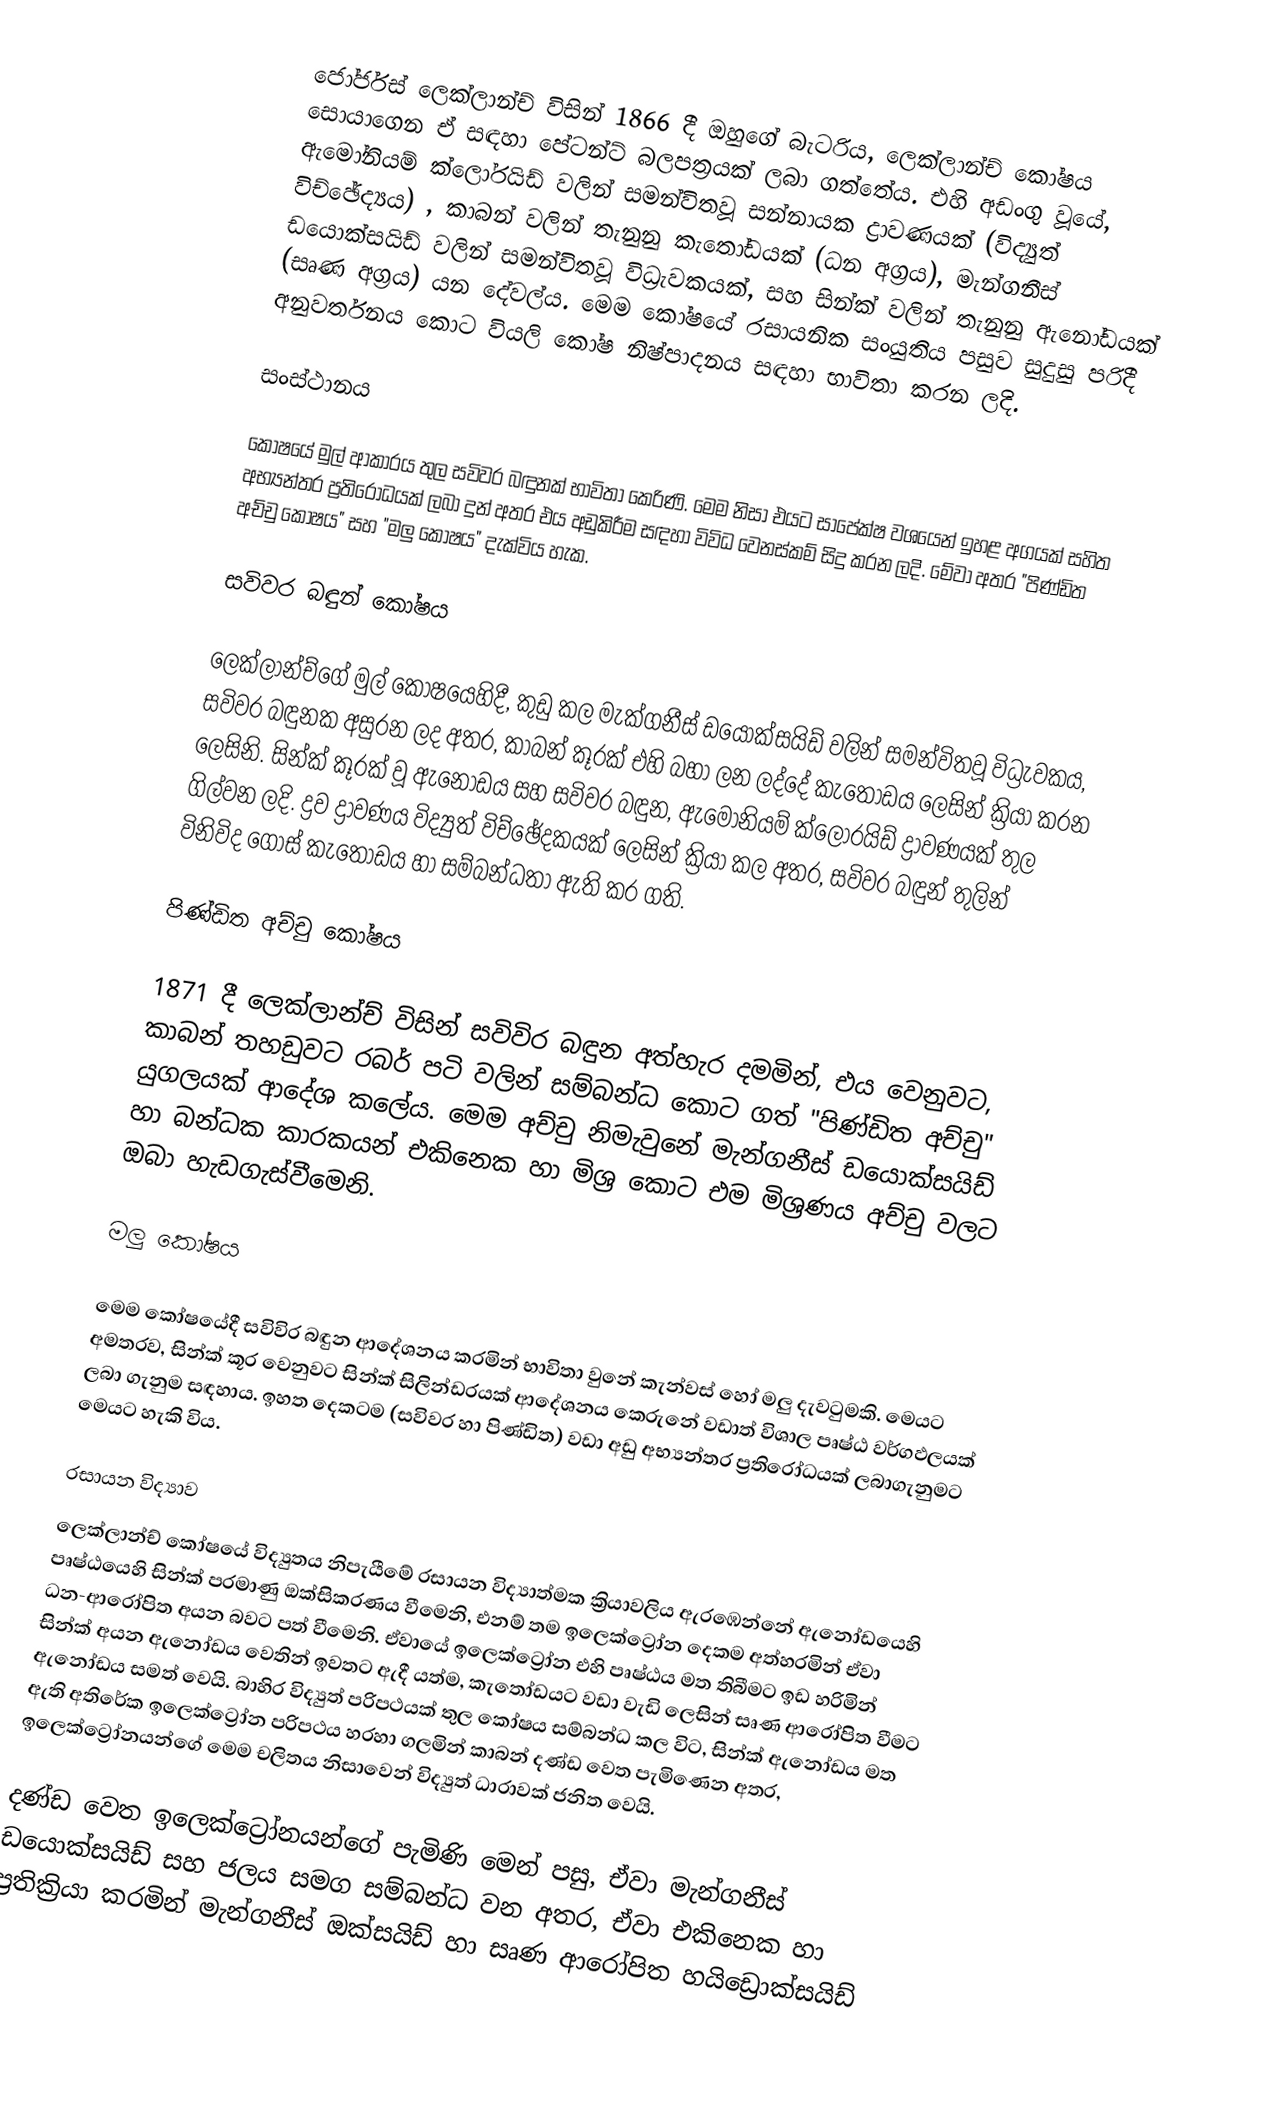
ජෝර්ජස් ලෙක්ලාන්ච් විසින් 1866 දී ඔහුගේ බැටරිය, ලෙක්ලාන්ච් කෝෂය සොයාගෙන ඒ සඳහා පේටන්ට් බලපත්‍රයක් ලබා ගත්තේය. එහි අඩංගු වූයේ, ඇමෝනියම් ක්ලෝරයිඩ් වලින් සමන්විතවූ සන්නායක ද්‍රාවණයක් (විද්‍යුත් විච්ඡේද්‍යය) , කාබන් වලින් තැනුනු කැතෝඩයක් (ධන අග්‍රය), මැන්ගනීස් ඩයොක්සයිඩ් වලින් සමන්විතවූ විධ්‍රැවකයක්, සහ සින්ක් වලින් තැනුනු ඇනෝඩයක් (සෘණ අග්‍රය) යන දේවල්ය. මෙම කෝෂයේ රසායනික සංයුතිය පසුව සුදුසු පරිදී අනුවර්තනය කොට වියලි කෝෂ නිෂ්පාදනය සඳහා භාවිතා කරන ලදි.

සංස්ථානය

කෝෂයේ මුල් ආකාරය තුල සවිවර බඳුනක් භාවිතා කෙරිණි. මෙම නිසා එයට සාපේක්ෂ වශයෙන් ඉහළ අගයක් සහිත අභ්‍යන්තර ප්‍රතිරෝධයක් ලබා දුන් අතර එය අඩුකිරීම සඳහා විවිධ වෙනස්කම් සිදු කරන ලදි. මේවා අතර "පිණ්ඩිත අච්චු කෝෂය" සහ "මලු කෝෂය" දැක්විය හැක.

සවිවර බඳුන් කෝෂය

ලෙක්ලාන්ච්ගේ මුල් කෝෂයෙහිදී, කුඩු කල මැක්ගනීස් ඩයොක්සයිඩ් වලින් සමන්විතවූ විධ්‍රැවකය, සවිවර බඳුනක අසුරන ලද අතර, කාබන් කූරක් එහි බහා ලන ලද්දේ කැතෝඩය ලෙසින් ක්‍රියා කරන ලෙසිනි. සින්ක් කූරක් වූ ඇනෝඩය සහ සවිවර බඳුන, ඇමෝනියම් ක්ලෝරයිඩ් ද්‍රාවණයක් තුල ගිල්වන ලදි. ද්‍රව ද්‍රාවණය විද්‍යුත් විච්ඡේදකයක් ලෙසින් ක්‍රියා කල අතර, සවිවර බඳුන් තුලින් විනිවිද ගොස් කැතෝඩය හා සම්බන්ධතා ඇති කර ගති.

පිණ්ඩිත අච්චු කෝෂය

1871 දී ලෙක්ලාන්ච් විසින් සවිවිර බඳුන අත්හැර දමමින්, එය වෙනුවට, කාබන් තහඩුවට රබර් පටි වලින් සම්බන්ධ කොට ගත් "පිණ්ඩිත අච්චු" යුගලයක් ආදේශ කලේය. මෙම අච්චු නිමැවුනේ මැන්ගනීස් ඩයොක්සයිඩ් හා බන්ධක කාරකයන් එකිනෙක හා මිශ්‍ර කොට එම මිශ්‍රණය අච්චු වලට ඔබා හැඩගැස්වීමෙනි.

මලු කෝෂය

මෙම කෝෂයේදී සවිවිර බඳුන ආදේශනය කරමින් භාවිතා වුනේ කැන්වස් හෝ මලු දැවටුමකි. මෙයට අමතරව, සින්ක් කූර වෙනුවට සින්ක් සිලින්ඩරයක් ආදේශනය කෙරුනේ වඩාත් විශාල පෘෂ්ඨ වර්ගඵලයක් ලබා ගැනුම සඳහාය. ඉහත දෙකටම (සවිවර හා පිණ්ඩිත) වඩා අඩු අභ්‍යන්තර ප්‍රතිරෝධයක් ලබාගැනුමට මෙයට හැකි විය.

රසායන විද්‍යාව
ලෙක්ලාන්ච් කෝෂයේ විද්‍යුතය නිපැයීමේ රසායන විද්‍යාත්මක ක්‍රියාවලිය ඇරඹෙන්නේ ඇනෝඩයෙහි පෘෂ්ඨයෙහි සින්ක් පරමාණු ඔක්සිකරණය වීමෙනි, එනම් තම ඉලෙක්ට්‍රෝන දෙකම අත්හරමින් ඒවා ධන-ආරෝපිත අයන බවට පත් වීමෙනි. ඒවා‍යේ ඉලෙක්ට්‍රෝන එහි පෘෂ්ඨය මත තිබීමට ඉඩ හරිමින් සින්ක් අයන ඇනෝඩය වෙතින් ඉවතට ඇදී යත්ම, කැතෝඩයට වඩා වැඩි ලෙසින් සෘණ ආරෝපිත වීමට ඇනෝඩය සමත් වෙයි. බාහිර විද්‍යුත් පරිපථයක් තුල කෝෂය සම්බන්ධ කල විට, සින්ක් ඇනෝඩය මත ඇති අතිරේක ඉලෙක්ට්‍රෝන පරිපථය හරහා ගලමින් කාබන් දණ්ඩ වෙත පැමිණෙන අතර, ඉලෙක්ට්‍රෝනයන්ගේ මෙම චලිතය නිසාවෙන් විද්‍යුත් ධාරාවක් ජනිත වෙයි.

දණ්ඩ වෙත ඉලෙක්ට්‍රෝනයන්ගේ පැමිණි මෙන් පසු, ඒවා මැන්ගනීස් ඩයොක්සයිඩ් සහ ජලය සමග සම්බන්ධ වන අතර, ඒවා එකිනෙක හා ප්‍රතික්‍රියා කරමින් මැන්ගනීස් ඔක්සයිඩ් හා සෘණ ආරෝපිත හයිඩ්‍රොක්සයිඩ්